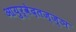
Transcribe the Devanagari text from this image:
आयुर्वेदतज्ज्ञ